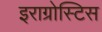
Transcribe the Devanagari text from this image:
इराग्रोस्टिस